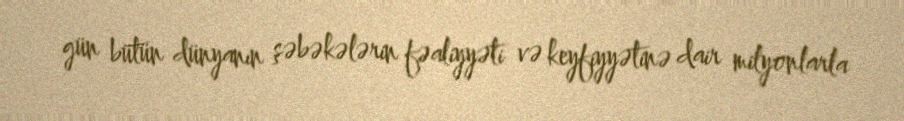
gün bütün dünyanın şəbəkələrin fəaliyyəti və keyfiyyətinə dair milyonlarla